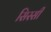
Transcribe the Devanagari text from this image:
सिस्सी